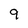
Character: 9